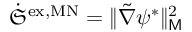
\dot { \mathfrak { S } } ^ { \mathrm { e x , M N } } = \lVert \tilde { \nabla } \psi ^ { * } \rVert _ { \mathsf { M } } ^ { 2 }